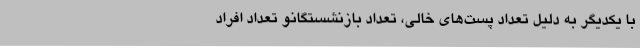
با یکدیگر به دلیل تعداد پست‌های خالی، تعداد بازنشستگانو تعداد افراد